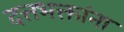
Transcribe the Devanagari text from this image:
दत्तभक्तांना